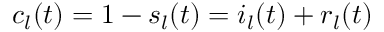
c _ { l } ( t ) = 1 - s _ { l } ( t ) = i _ { l } ( t ) + r _ { l } ( t )